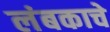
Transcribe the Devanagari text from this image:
लंबकाचे